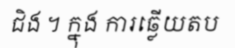
ជិង ។ ក្នុង ការឆ្លើយតប